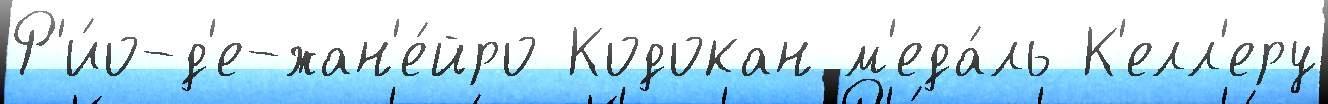
Р'и́о-д'е-жан'е́йро Кодокан м'еда́ль К'елл'еру